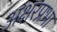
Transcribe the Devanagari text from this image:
अक्षरप्रभा